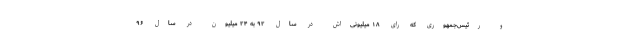
و رئیس‌جمهوری که رای ۱۸ میلیونی‌اش در سال ۹۲ به ۲۴ میلیون در سال ۹۶